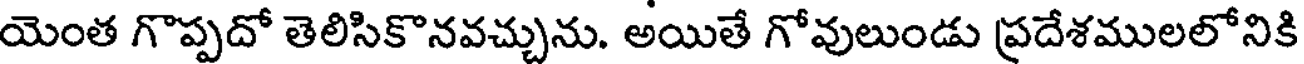
యెంత గొప్పదో తెలిసికొనవచ్చును. అయితే గోవులుండు ప్రదేశములలోనికి